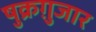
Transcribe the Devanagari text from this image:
षुक्रग़ुजार